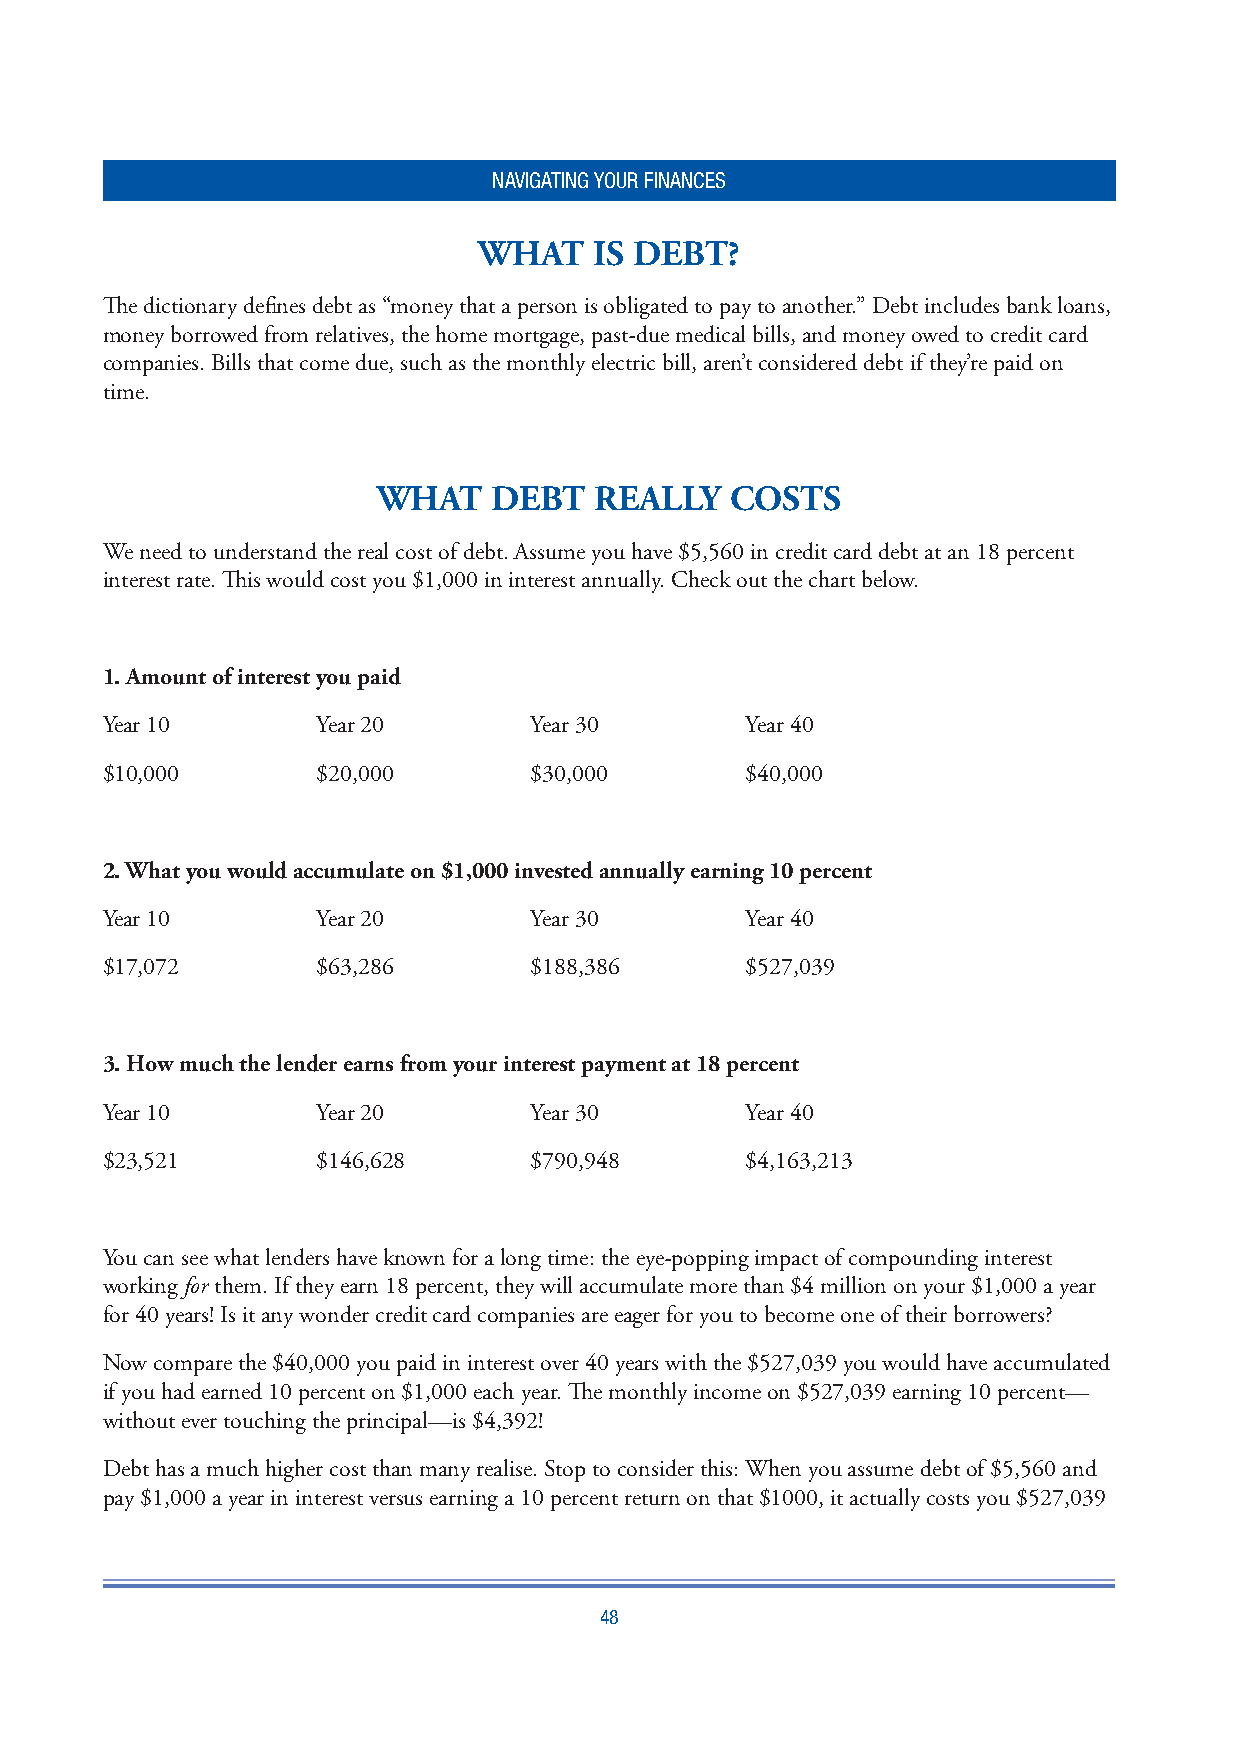
NAVIGATING YOUR FINANCES
 WHAT   IS DEBT?
 Th e dictionary defi nes debt as “money that a person is obligated to pay to another.” Debt includes bank loans,
 money borrowed from relatives, the home mortgage, past-due medical bills, and money owed to credit card
 companies. Bills that come due, such as the monthly electric bill, aren’t considered debt if they’re paid on
 time.
 WHAT   DEBT   REALLY   COSTS
 We need to understand the real cost of debt. Assume you have $5,560 in credit card debt at an 18 percent
 interest rate. Th is would cost you $1,000 in interest annually. Check out the chart below.
 1. Amount of interest you paid
 Year 10       Year 20       Year 30       Year 40
 $10,000       $20,000       $30,000       $40,000
 2. What you would accumulate on $1,000 invested annually earning 10 percent
 Year 10       Year 20       Year 30       Year 40
 $17,072       $63,286       $188,386      $527,039
 3. How much the lender earns from your interest payment at 18 percent
 Year 10       Year 20       Year 30       Year 40
 $23,521       $146,628      $790,948      $4,163,213
 You can see what lenders have known for a long time: the eye-popping impact of compounding interest
 working for them. If they earn 18 percent, they will accumulate more than $4 million on your $1,000 a year
 for 40 years! Is it any wonder credit card companies are eager for you to become one of their borrowers?
 Now compare the $40,000 you paid in interest over 40 years with the $527,039 you would have accumulated
 if you had earned 10 percent on $1,000 each year. Th e monthly income on $527,039 earning 10 percent—
 without ever touching the principal—is $4,392!
 Debt has a much higher cost than many realise. Stop to consider this: When you assume debt of $5,560 and
 pay $1,000 a year in interest versus earning a 10 percent return on that $1000, it actually costs you $527,039
 48